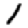
Digit: 1